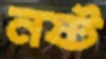
নষ্ট